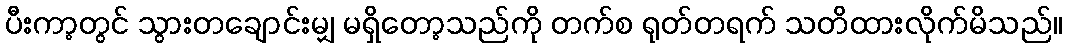
ပီးကာ့တွင် သွားတချောင်းမျှ မရှိတော့သည်ကို တက်စ ရုတ်တရက် သတိထားလိုက်မိသည်။